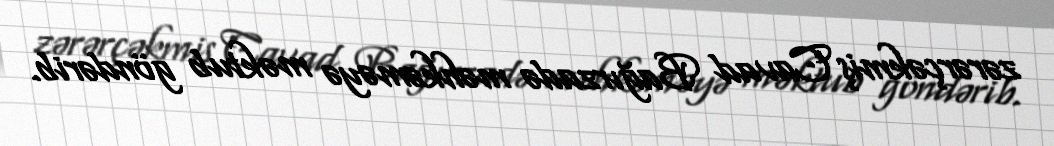
zərərçəkmiş Cavad Bağırzadə məhkəməyə məktub göndərib.